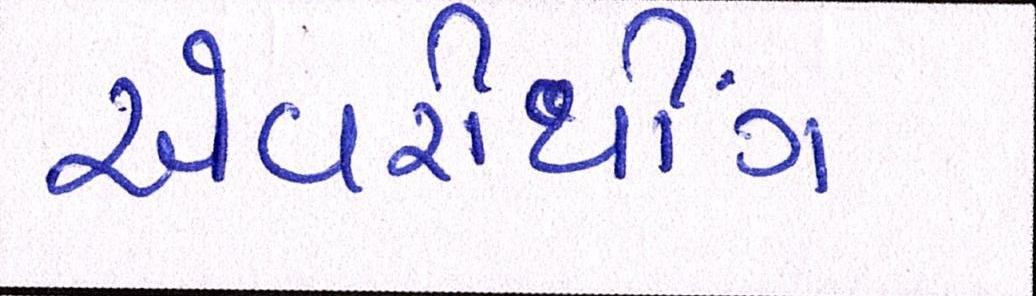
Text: એવરીથીંગ